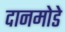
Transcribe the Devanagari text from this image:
दानमोडे